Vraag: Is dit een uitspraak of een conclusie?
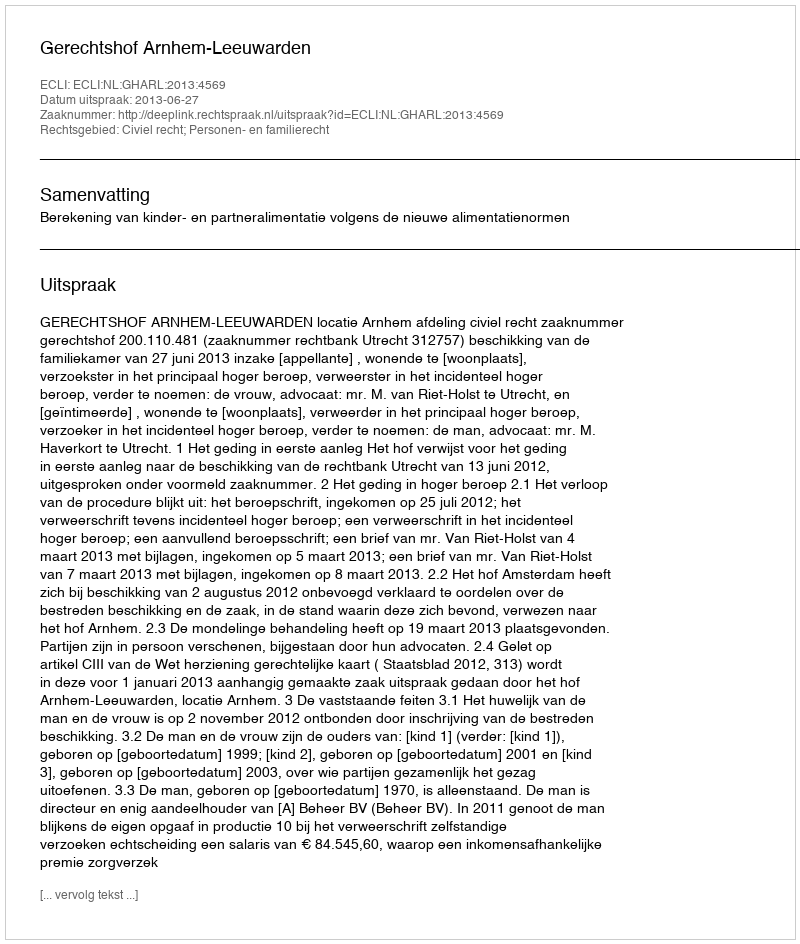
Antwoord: Uitspraak